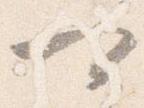
可